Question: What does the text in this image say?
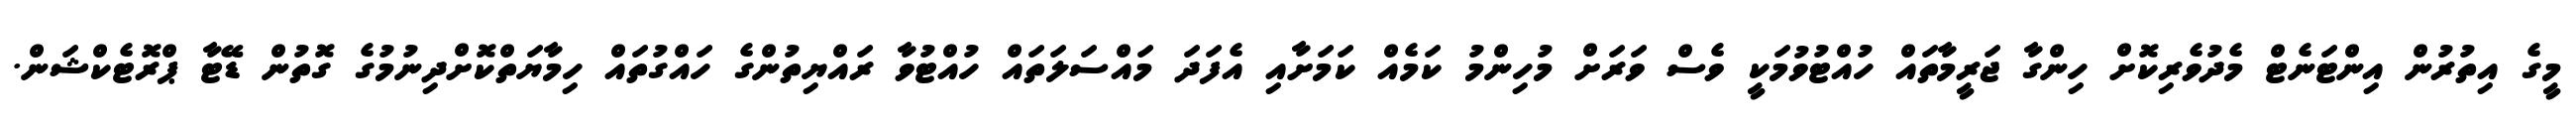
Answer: މީގެ އިތުރުން އިންޓަނެޓް މެދުވެރިކޮށް ހިންގާ ޖަރީމާތައް ހުއްޓުވުމަކީ ވެސް ވަރަށް މުހިންމު ކަމެއް ކަމަށާއި އެފަދަ މައްސަލަތައް ހުއްޓުވާ ރައްޔިތުންގެ ހައްގުތައް ހިމާޔަތްކޮށްދިނުމުގެ ގޮތުން ޑޭޓާ ޕްރޮޓެކްޝަން.